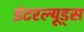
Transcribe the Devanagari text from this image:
इंटरल्यूड्स